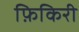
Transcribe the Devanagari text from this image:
फ़िकिरी